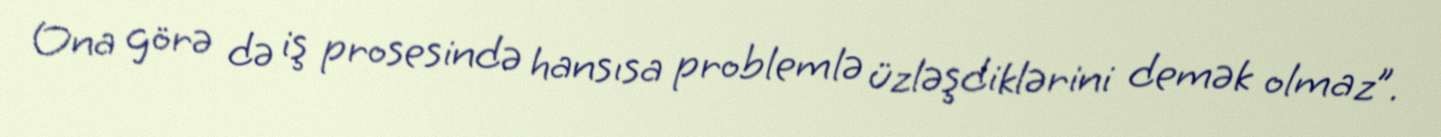
Ona görə də iş prosesində hansısa problemlə üzləşdiklərini demək olmaz”.